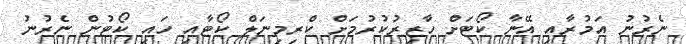
ނެރުނު އަމުރާއި އޭނާ ކޯޓަށް ހާޒިރުކުރުމަށް ކްރިމިނަލް ކޯޓާއި ހައި ކޯޓުން ނެރުނު